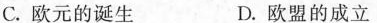
C.欧元的诞生 D.欧盟的成立